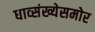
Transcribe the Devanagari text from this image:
धाव्संख्येसमोर